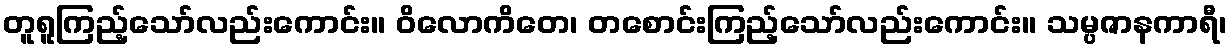
တူရူကြည့်သော်လည်းကောင်း။ ဝိလောကိတေ၊ တစောင်းကြည့်သော်လည်းကောင်း။ သမ္ပဇာနကာရီ၊